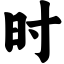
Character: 时